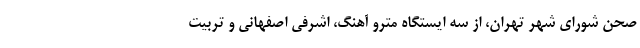
صحن شورای شهر تهران، از سه ایستگاه مترو آهنگ، اشرفی اصفهانی و تربیت